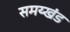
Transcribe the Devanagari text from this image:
समय्खंड